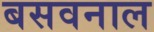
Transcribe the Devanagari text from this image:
बसवनाल